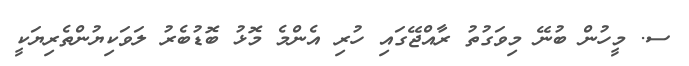
ސ. މީހުން ބުނޭ މިވަގުތު ރާއްޖޭގައި ހުރި އެންމެ މޮޅު ބޮޑުބެރު ލަވަކިޔުންތެރިޔަކީ